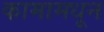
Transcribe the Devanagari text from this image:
कामामधून